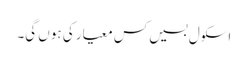
اسکول بسیں کس معیار کی ہوں گی۔